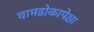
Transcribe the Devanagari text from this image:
चामढोकापेक्षा